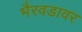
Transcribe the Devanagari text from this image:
भैरवडावर